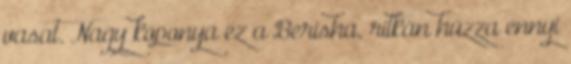
vasat. Nagy koponya ez a Berisha, ritkán húzza ennyi